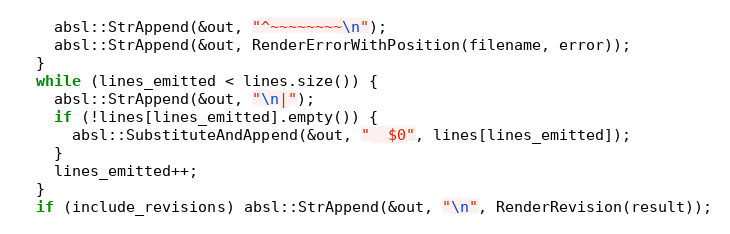
Language: C++
    absl::StrAppend(&out, "^~~~~~~~~\n");
    absl::StrAppend(&out, RenderErrorWithPosition(filename, error));
  }
  while (lines_emitted < lines.size()) {
    absl::StrAppend(&out, "\n|");
    if (!lines[lines_emitted].empty()) {
      absl::SubstituteAndAppend(&out, "  $0", lines[lines_emitted]);
    }
    lines_emitted++;
  }
  if (include_revisions) absl::StrAppend(&out, "\n", RenderRevision(result));